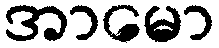
အာမော